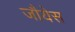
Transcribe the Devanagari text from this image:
जौयेस